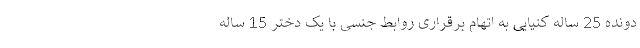
دونده 25 ساله کنیایی به اتهام برقراری روابط جنسی با یک دختر 15 ساله